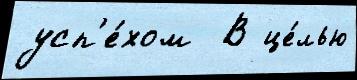
усп'е́хом  В це́лью